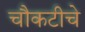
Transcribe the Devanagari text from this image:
चौकटीचे